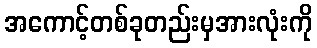
အကောင့်တစ်ခုတည်းမှအားလုံးကို